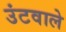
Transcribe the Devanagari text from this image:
उंटवाले